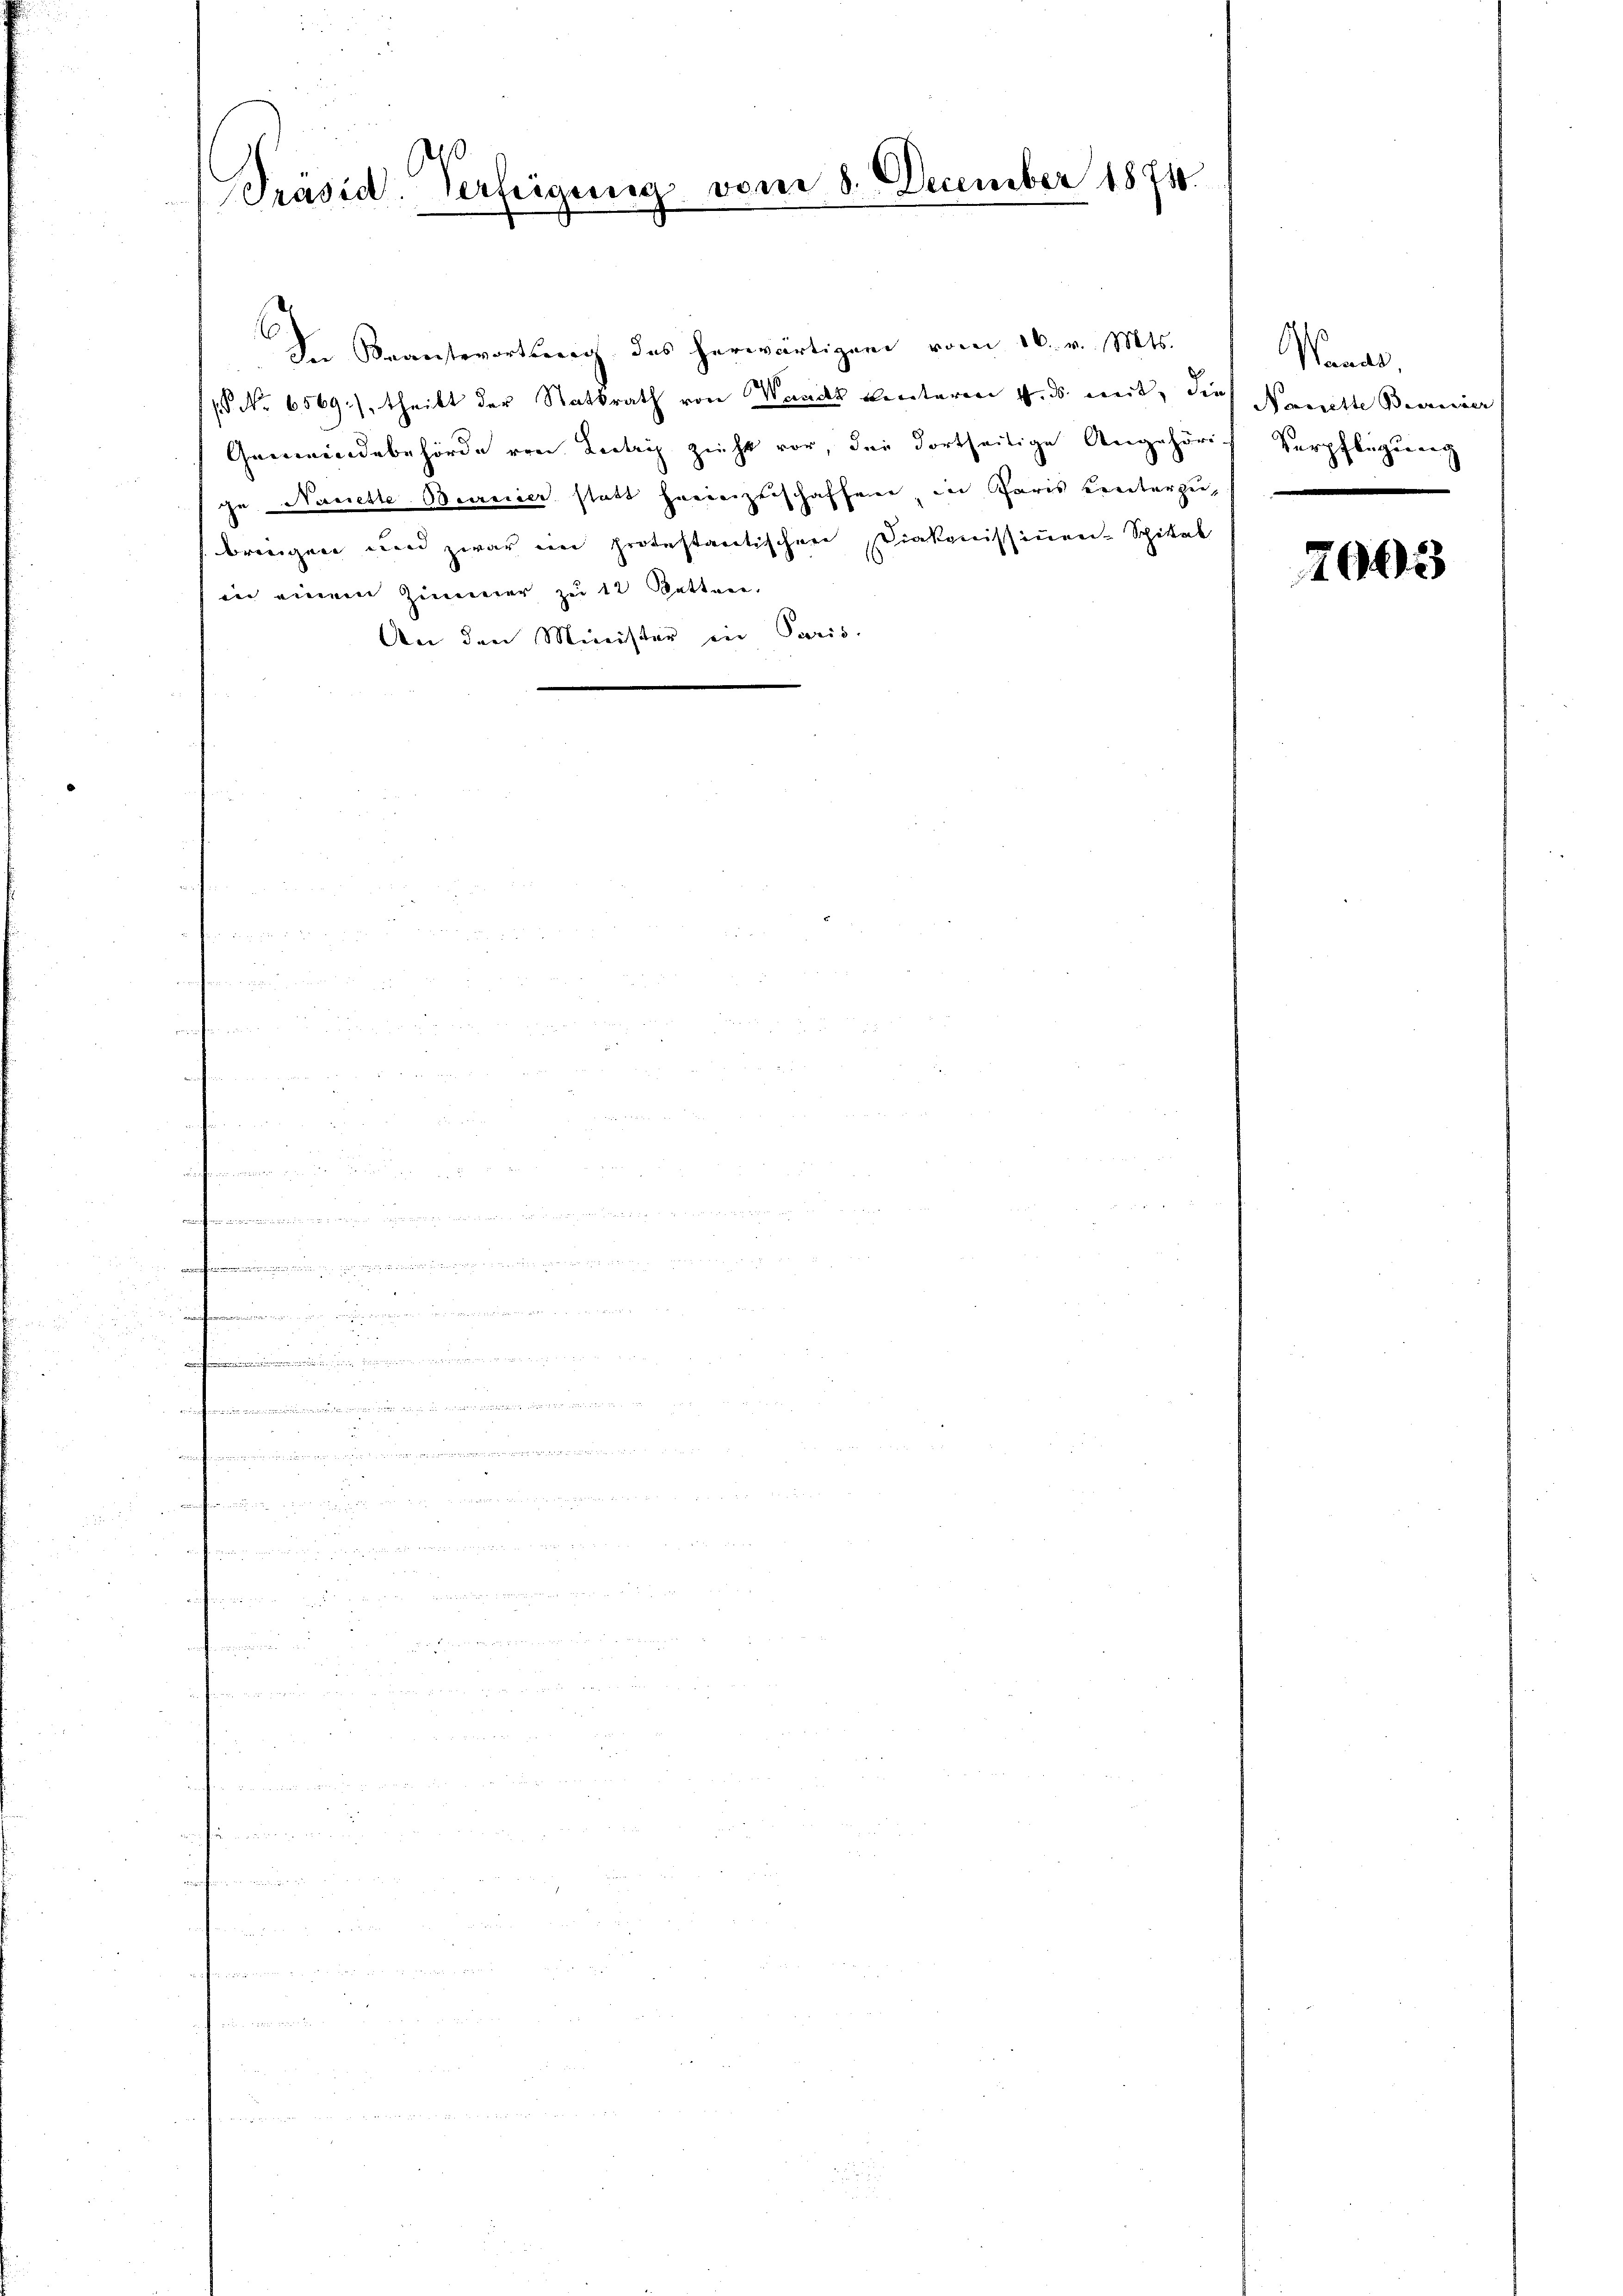
Präsid. Verfeigung vom 8. December 1871.

In Beantwortung des herwärtigen vom 16. v. Mts.
( No 6569), theilt der Statsrath von Waadt Benteren 4. ds. mit, die Nanette Beweiser
Gemeindebehörde von Lutry zieht vor, die dortseitige Angehörig Verpflegung
ge Nanette Bereier statt hereizenschaffenen, in Paris Kennterzeis bringen und zwar im protestantischen Diakonissinen Spital
in einem Zimmer zu 12 Betten.
An den Minister in Paris.

.
.

Wanal,

7005